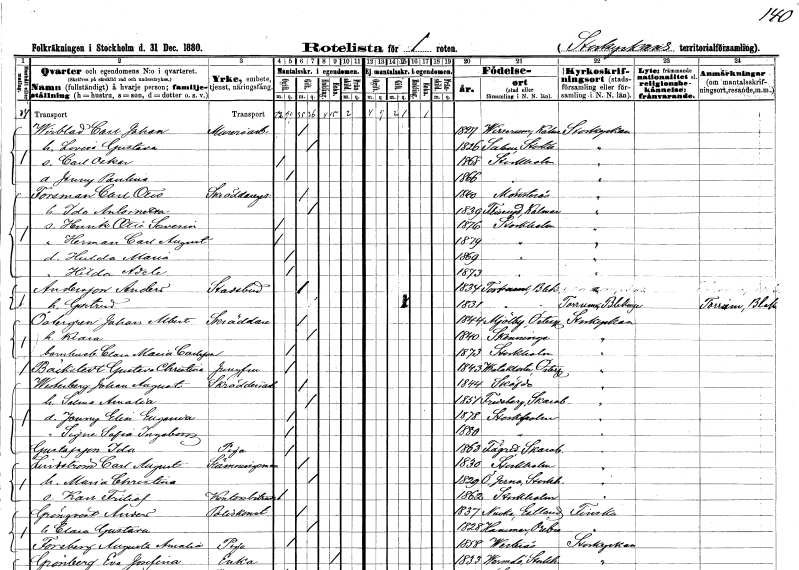
gt_parse: households: individuals: FN: Carl Johan
EN: Wirblad
YRKE: Mureriarbetare
KON: M
CIV: G
FODAR: 1827
FODFORS: Virserum Kalmar län
FN: Lovisa Gustava
KON: K
CIV: G
FODAR: 1826
FODFORS: Salem Stockholms län
FN: Carl Oskar
KON: M
CIV: O
FODAR: 1868
FODFORS: Stockholm
FN: Jenny Paulina
KON: K
CIV: O
FODAR: 1866
FODFORS: Stockholm
FN: Carl Otto
EN: Forsman
YRKE: Skräddaregesäll
KON: M
CIV: G
FODAR: 1840
FODFORS: Mönsterås Kalmar län
FN: Ida Antoinetta
KON: K
CIV: G
FODAR: 1839
FODFORS: Fliseryd Kalmar län
FN: Henrik Otto Severin
KON: M
CIV: O
FODAR: 1876
FODFORS: Stockholm
FN: Herman Carl August
KON: M
CIV: O
FODAR: 1879
FODFORS: Stockholm
FN: Hulda Maria
KON: K
CIV: O
FODAR: 1869
FODFORS: Stockholm
FN: Hilda Adele
KON: K
CIV: O
FODAR: 1873
FODFORS: Stockholm
FN: Anders
EN: Andersson
YRKE: Stadsbud
KON: M
CIV: G
FODAR: 1834
FODFORS: Torhamn Blekinge län
FN: Gertrud
KON: K
CIV: G
FODAR: 1831
FODFORS: Torhamn Blekinge län
FN: Johan Albert
EN: Östergren
YRKE: Skräddare
KON: M
CIV: G
FODAR: 1844
FODFORS: Mjölby Östergötlands län
FN: Klara
KON: K
CIV: G
FODAR: 1840
FODFORS: Skänninge Östergötlands län
FN: Clara Maria
EN: Carlsson
YRKE: Barnhusbarn
KON: K
CIV: O
FODAR: 1873
FODFORS: Stockholm
FN: Gustava Christina
EN: Bäckstedt
YRKE: Jungfru
KON: K
CIV: O
FODAR: 1843
FODFORS: Vreta kloster Östergötlands län
FN: Johan August
EN: Westerberg
YRKE: Skrädderiarbetare
KON: M
CIV: G
FODAR: 1844
FODFORS: Skövde Skaraborgs län
FN: Selma Amalia
KON: K
CIV: G
FODAR: 1851
FODFORS: Fredsberg Skaraborgs län
FN: Jenny Elin Eugenia
KON: K
CIV: O
FODAR: 1878
FODFORS: Stockholm
FN: Signe Sofia Ingeborg
KON: K
CIV: O
FODAR: 1880
FODFORS: Stockholm
FN: Ida
EN: Gustafsson
YRKE: Piga
KON: K
CIV: O
FODAR: 1863
FODFORS: Fägre Skaraborgs län
FN: Carl August
EN: Lindström
YRKE: Stämningsman
KON: M
CIV: G
FODAR: 1830
FODFORS: Stockholm
FN: Maria Christina
KON: K
CIV: G
FODAR: 1829
FODFORS: Överjärna Stockholms län
FN: Karl Fritiof
YRKE: Kontorsbiträde
KON: M
CIV: O
FODAR: 1862
FODFORS: Stockholm